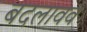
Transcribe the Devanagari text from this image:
बदलावव